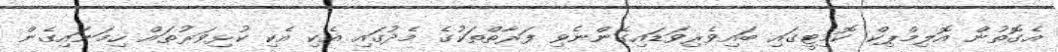
އެގޮތުން އޮލިމްޕިކް ކޮމިޓީގައި ބައިވެރިވަޑައިގެންނެވި ފަރާތްތަކުގެ މެދުގައި އެކި އެކި ކުޅިވަރުތައް ހިމަނައިގެން